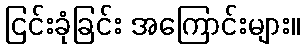
ငြင်းခုံခြင်း အကြောင်းများ။